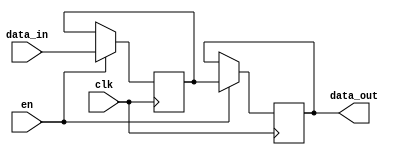
module variable_width_bypass_register (
    input wire clk,
    input wire en,
    input wire [7:0] data_in,
    output reg [7:0] data_out
);

reg [7:0] register_data;

always @(posedge clk) begin
    if (en) begin
        register_data <= data_in;
    end
end

always @(posedge clk) begin
    if (en) begin
        data_out <= register_data;
    end
end

endmodule